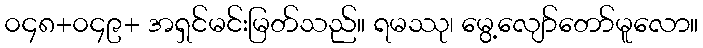
၀၄၈+၀၄၉+ အရှင်မင်းမြတ်သည်။ ရမဿု၊ မွေ့လျော်တော်မူလော။